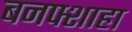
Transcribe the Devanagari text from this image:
बनफ्शाहा